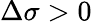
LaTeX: \Delta\sigma>0